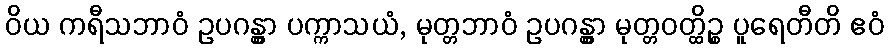
ဝိယ ကရီသဘာဝံ ဥပဂန္တွာ ပက္ကာသယံ, မုတ္တဘာဝံ ဥပဂန္တွာ မုတ္တဝတ္ထိဉ္စ ပူရေတီတိ ဧဝံ